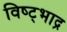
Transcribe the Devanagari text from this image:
विष्ट्भाद्र